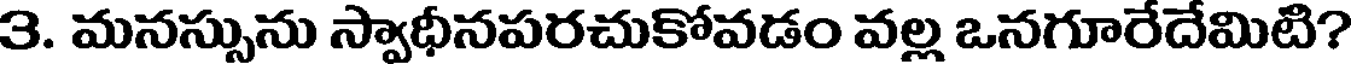
3. మనస్సును స్వాధీనపరచుకోవడం వల్ల ఒనగూరేదేమిటి?